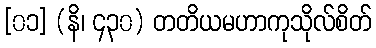
[၀၁] (နိ၊ ၄၃၀) တတိယမဟာကုသိုလ်စိတ်